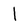
Character: l